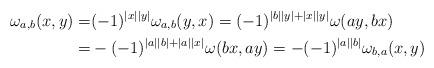
LaTeX: \begin{align*}\omega_{a,b}(x,y)=&(-1)^{|x||y|}\omega_{a,b}(y,x)=(-1)^{|b||y|+|x||y|}\omega(a y,b x)\\=&-(-1)^{|a||b|+|a||x|}\omega(b x,a y)=-(-1)^{|a||b|}\omega_{b,a}(x,y)\end{align*}